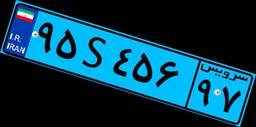
۲۰S۱۷۲۴۸